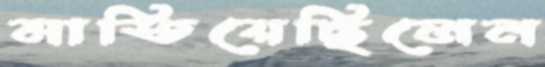
মাতিয়েছিলেন